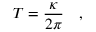
T = \frac { \kappa } { 2 \pi } \quad ,